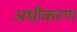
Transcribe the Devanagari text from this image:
अधीकरण